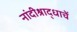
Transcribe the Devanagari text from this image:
नांदीश्राद्धाचें